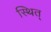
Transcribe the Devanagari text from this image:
स्थित्